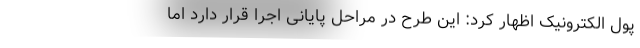
پول الکترونیک اظهار کرد: این طرح در مراحل پایانی اجرا قرار دارد اما